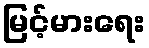
မြင့်မားရေး